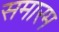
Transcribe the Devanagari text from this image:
समारम